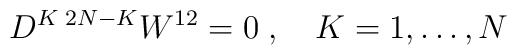
D^{K\; 2N-K}W^{12} = 0\;, \quad K=1,\ldots,N